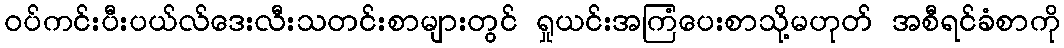
ဝပ်ကင်းပီးပယ်လ်ဒေးလီးသတင်းစာများတွင် ရှုယင်းအကြံပေးစာသို့မဟုတ် အစီရင်ခံစာကို